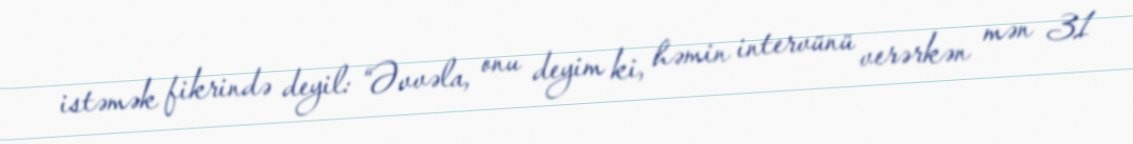
istəmək fikrində deyil: “Əvvəla, onu deyim ki, həmin intervünü verərkən mən 31